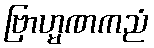
ဗြာဟ္မဏကညံ